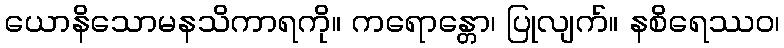
ယောနိသောမနသိကာရကို။ ကရောန္တော၊ ပြုလျက်။ နစိရေဿဝ၊